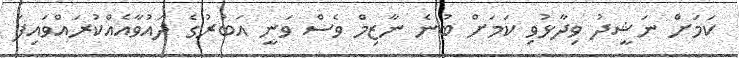
ކަމަށް ނަޝީދު ވިދާޅުވި ކަމަށް ބުނެ ނާޒިމް ވެސް ވަނީ އަބުރުގެ ދައުވާއެއްކުރައްވައިފަ